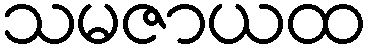
သမဇာယထ